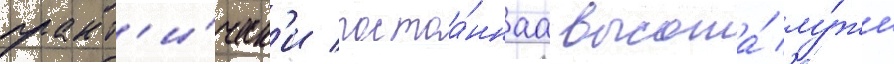
практ'и́ческ'и постоа́ннаа высота́ лу́жи